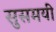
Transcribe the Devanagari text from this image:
सुसमयी